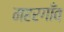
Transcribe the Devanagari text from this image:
महरगाँव